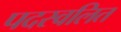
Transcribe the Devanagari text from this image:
पदस्वलित